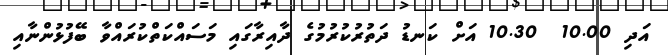
އަދި 10.00  10.30 އަށް ކަނޑު ދަތުރުކުރުމުގެ ދާއިރާގައި މަސައްކަތްކުރައްވާ ބޭފުޅުންނާއި